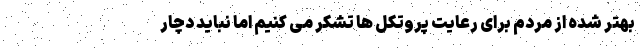
بهتر شده از مردم برای رعایت پروتکل ها تشکر می کنیم اما نباید دچار